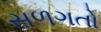
સળગતો